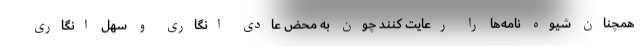
همچنان شیوه نامه‌ها را رعایت کنند چون به محض عادی انگاری و سهل انگاری